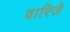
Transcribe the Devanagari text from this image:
वारिजे